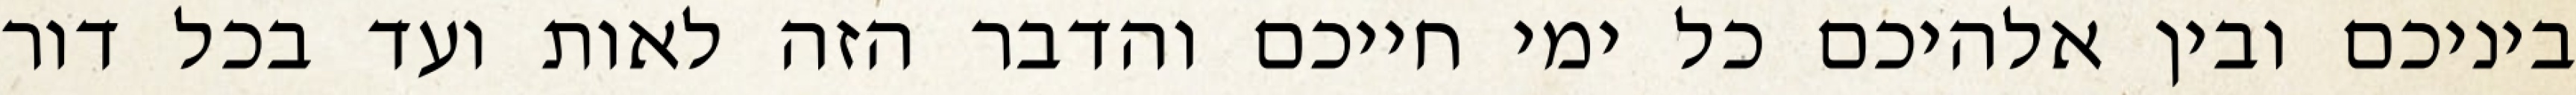
ביניכם ובין אלהיכם כל ימי חייכם והדבר הזה לאות ועד בכל דור